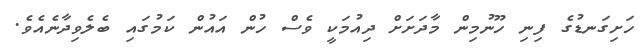
ހަށިގަނޑުގެ ފިނި ހޫނުމިން މާދަށަށް ދިއުމަކީ ވެސް ހުން އައުން ކަމުގައި ބެލެވިދާނެއެވެ.